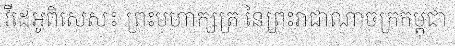
វីដេអូពិសេស៖ ព្រះមហាក្សត្រ នៃព្រះរាជាណាចក្រកម្ពុជា